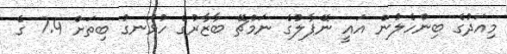
މިއަދުގެ ބިންހެލުން އައީ ނޭޕާލުގެ ނަމްޗޭ ބާޒާރުގެ ހުޅަނގު ބިތަށް 7.4 ގެ